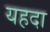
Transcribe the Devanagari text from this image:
यहदा